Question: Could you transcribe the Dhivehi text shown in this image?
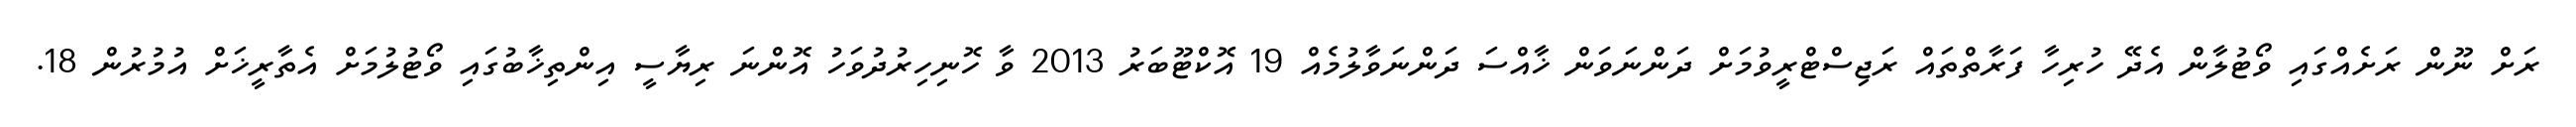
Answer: ރަށް ނޫން ރަށެއްގައި ވޯޓުލާން އެދޭ ހުރިހާ ފަރާތްތައް ރަޖިސްޓްރީވުމަށް ދަންނަވަން ޚާއްސަ ދަންނަވާލުމެއް 19 އޮކްޓޫބަރު 2013 ވާ ހޮނިހިރުދުވަހު އޮންނަ ރިޔާސީ އިންތިޚާބުގައި ވޯޓުލުމަށް އެތާރީޚަށް އުމުރުން 18.